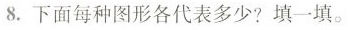
8.下面每种图形各代表多少?填一填。